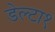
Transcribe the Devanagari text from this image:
डेल्टा१